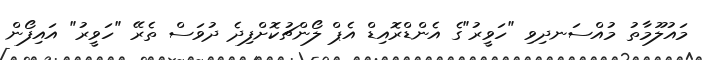
މައުލޫމާތު މުއްސަނދިވި "ހަވީރު"ގެ އެންޑްރޮއިޑް އެޕް ލޯންޗުކޮށްފިދެ ދުވަސް ތެރޭ "ހަވީރު" އައިފޯން